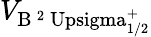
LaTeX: V_{\mathrm{B\, ^{2}\ Upsigma_{1/2}^{+}}}